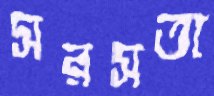
সরসতা